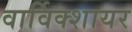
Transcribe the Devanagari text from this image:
वार्विक्शायर